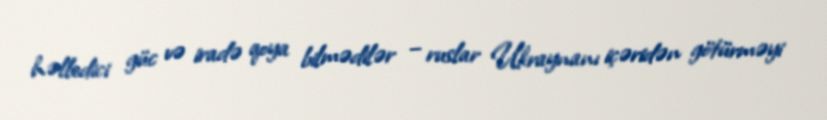
həlledici güc və iradə qoya bilmədilər – ruslar Ukraynanı içəridən götürməyi